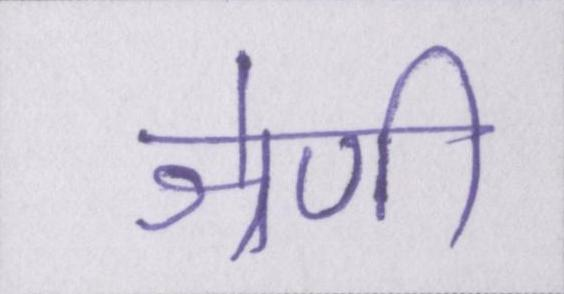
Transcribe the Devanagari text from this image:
श्रेणी